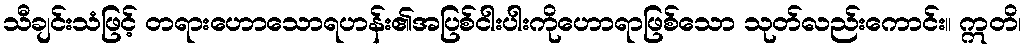
သီချင်းသံဖြင့် တရားဟောသောရဟန်း၏အပြစ်ငါးပါးကိုဟောရာဖြစ်သော သုတ်လည်းကောင်း။ ဣတိ၊